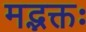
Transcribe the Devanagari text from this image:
मद्भक्तः